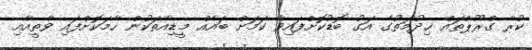
ކުރާ ގްރޫޕްތައް ޚިދުމަތުގެ އަގު ބޮޑުކޮށްފައިވާ ކަމަށް ބައެއް މީޑިއާތަކުން ހާމަކޮށްފައި ވާތީއާއި